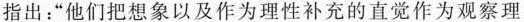
指出：”他们把想象以及作为理性补充的直觉作为观察理